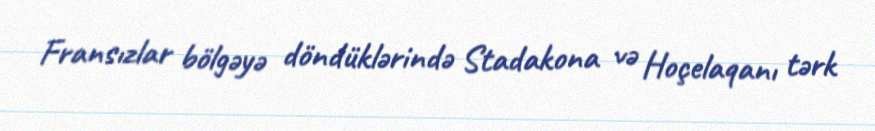
Fransızlar bölgəyə döndüklərində Stadakona və Hoçelaqanı tərk